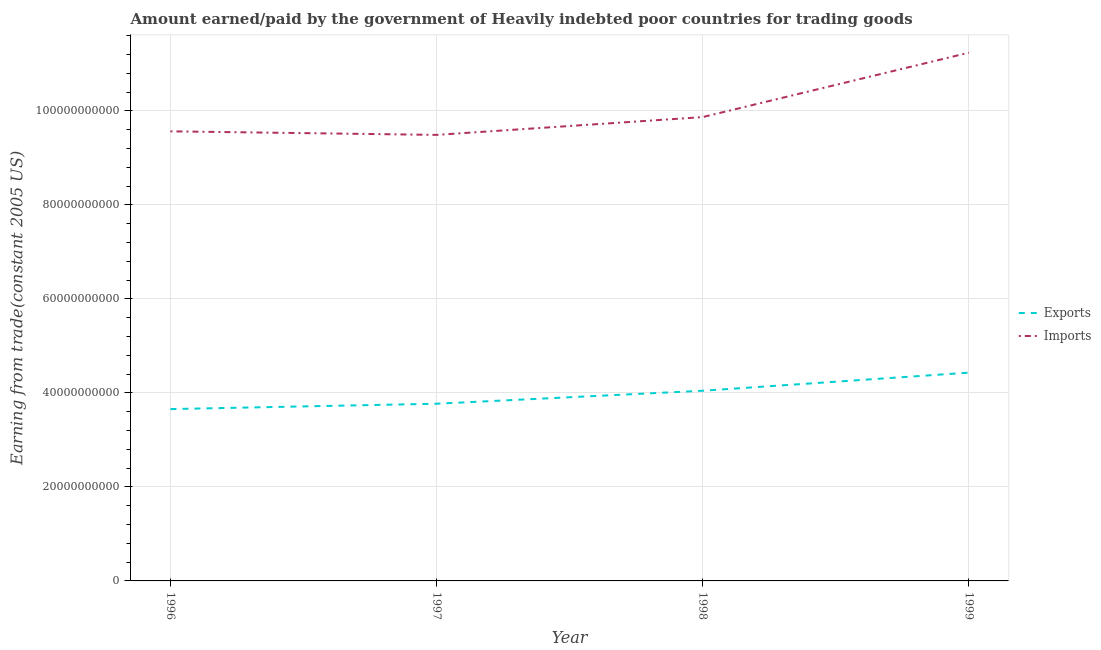
| Year | Exports | Imports |
 | --- | --- | --- |
 | 1996 | 3.66e+10 | 9.56e+10 |
 | 1997 | 3.77e+10 | 9.49e+10 |
 | 1998 | 4.05e+10 | 9.87e+10 |
 | 1999 | 4.43e+10 | 1.12e+11 |